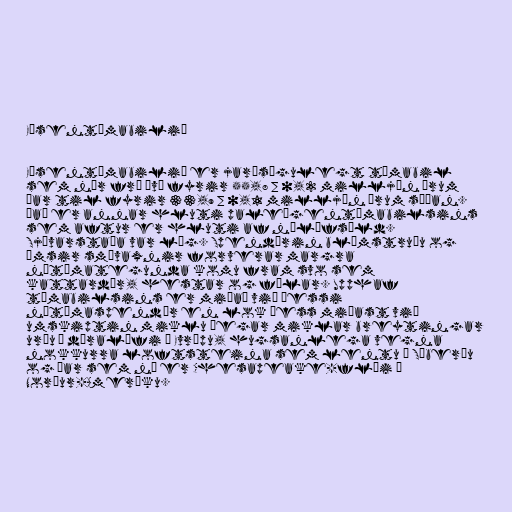
Eósentímabilið

Eósentímabilið er jarðsögulegt tímabil
sem nær frá því fyrir 55,8 ± 0,2 milljón árum
þar til fyrir 33,9 ± 0,1 milljón árum síðan.
Það er annar hluti paleógentímabilsins
sem aftur er hluti af nýlífsöld.
Sjávarstaða var lág. Spendýrin blómstruðu og
ýmsir smávaxnir forverar margra
nútímategunda komu fram svo sem
kattardýr, hestar og fílar. Upphaf
tímabilsins er miðað við þessi
nútímaspendýr en lok þess miðast við
umskiptin miklu þegar miklar breytingar
urðu á dýralífi í Evrópu, hugsanlega vegna
nokkurra loftsteina sem lentu í Síberíu
og þar sem nú er Chesapeake-flói í
Norður-Ameríku.